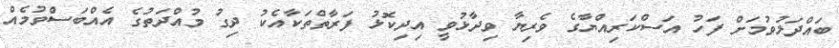
ބައްދަލުވުމަށް ފަހު އަސްކަރިއްޔާގެ ވެރިޔާ ވިދާޅުވީ އިދިކޮޅު ފަރާތްތަކާއެކު ދިގު މުއްދަތުގެ އެއްބަސްވުމެއް